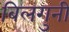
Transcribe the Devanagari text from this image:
बिलगुनी